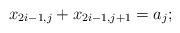
LaTeX: \begin{align*} x_{2i-1,j} + x_{2i-1,j+1}=a_j;\end{align*}